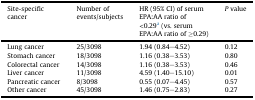
<table><thead><tr><td><b>Site-specific cancer</b></td><td><b>Number of events/subjects</b></td><td><b>HR (95% CI) of serum EPA:AA ratio of &lt;0.29a (vs. serum EPA:AA ratio of ≥0.29)</b></td><td><b><i>P</i> value</b></td></tr></thead><tbody><tr><td>Lung cancer</td><td>25/3098</td><td>1.94 (0.84–4.52)</td><td>0.12</td></tr><tr><td>Stomach cancer</td><td>18/3098</td><td>1.16 (0.38–3.53)</td><td>0.80</td></tr><tr><td>Colorectal cancer</td><td>14/3098</td><td>1.16 (0.38–3.53)</td><td>0.46</td></tr><tr><td>Liver cancer</td><td>11/3098</td><td>4.59 (1.40–15.10)</td><td>0.01</td></tr><tr><td>Pancreatic cancer</td><td>8/3098</td><td>0.55 (0.07–4.45)</td><td>0.57</td></tr><tr><td>Other cancer</td><td>45/3098</td><td>1.46 (0.75–2.83)</td><td>0.27</td></tr></tbody></table>